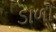
ડાળો